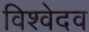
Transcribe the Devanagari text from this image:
विश्वेदव